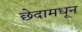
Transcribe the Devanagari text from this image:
छेदामधून